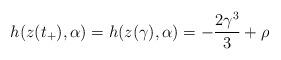
LaTeX: \begin{align*}h(z(t_{+}),\alpha)=h(z(\gamma),\alpha)=-\frac{2\gamma^{3}}{3}+\rho\end{align*}